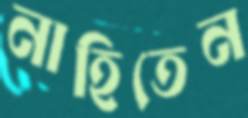
নাহিতেন